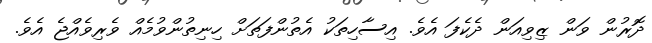
ދޮރުން ވަން ޒިވިއަން ދެކެފަ އެވެ. އިސާހިތަކު އެތުންފަތަށް ހިނިތުންވުމެއް ވެރިވެއްޖެ އެވެ.